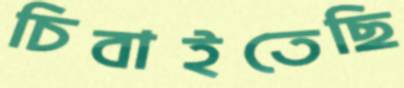
চিবাইতেছি